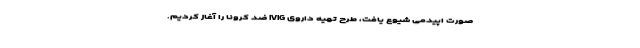
صورت اپیدمی شیوع یافت، طرح تهیه داروی IVIG ضد کرونا را آغاز کردیم.